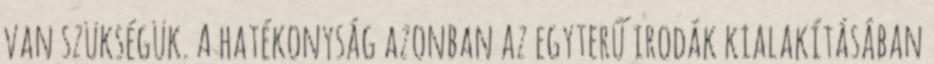
van szükségük. A hatékonyság azonban az egyterű irodák kialakításában